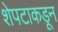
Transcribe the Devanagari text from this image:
शेपटाकडून